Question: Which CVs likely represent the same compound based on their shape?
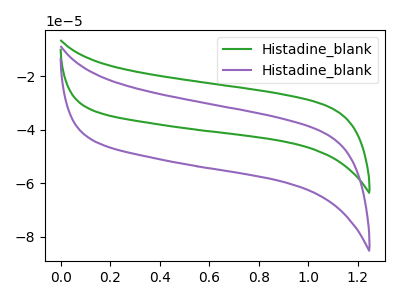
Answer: <think>The green curve "Histadine_blank1" has no peaks. The purple curve "Histadine_blank2" has no peaks.
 Neither "Histadine_blank1" or "Histadine_blank2" have any peaks.</think>
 <answer>"Histadine_blank2" and "Histadine_blank1" have the same shape and are likely CV's of the same chemical.</answer>
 <eval>"Histadine_blank2" "Histadine_blank1"</eval>